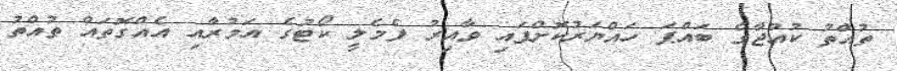
ތުއްތު ކުއްޖާގެ ބައްޕަ ހައްޔަރުކޮށްފައި ވާއިރު ފެމެލީ ކޯޓުގެ އަމުރާއި އެއްގޮތައް ތުއްތު